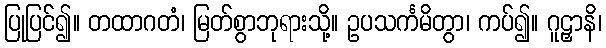
ပြုပြင်၍။ တထာဂတံ၊ မြတ်စွာဘုရားသို့။ ဥပသင်္ကမိတွာ၊ ကပ်၍။ ဂူဠှာနိ၊